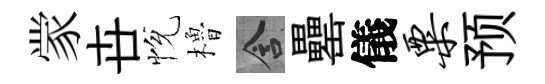
䝉卋恱櫓含罍儀粟预